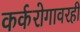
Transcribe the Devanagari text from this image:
कर्करोगावरही